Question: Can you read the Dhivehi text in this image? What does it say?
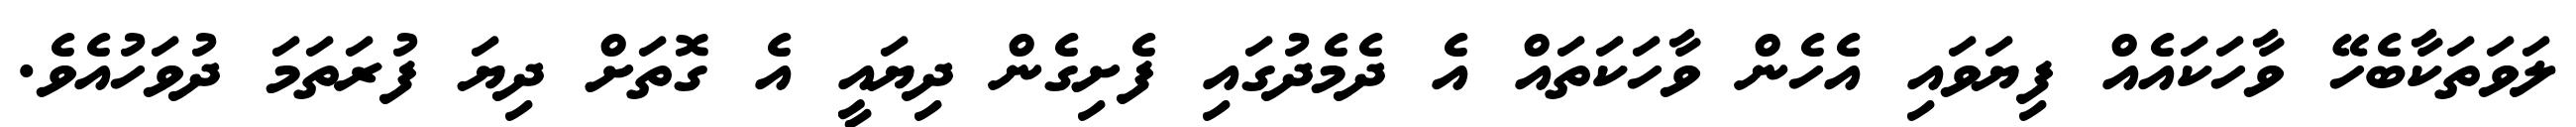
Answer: ލަވަތަކާބެހޭ ވާހަކައެއް ފިޔަވައި އެހެން ވާހަކަތައް އެ ދެމެދުގައި ފެށިގެން ދިޔައީ އެ ގޮތަށް ދިޔަ ފުރަތަމަ ދުވަހުއެވެ.